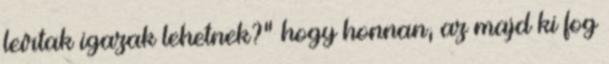
leírtak igazak lehetnek?” hogy honnan, az majd ki fog